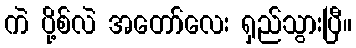
ကဲ ပို့စ်လဲ အတော်လေး ရှည်သွားပြီ။